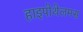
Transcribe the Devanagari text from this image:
हाइपोथेलमस